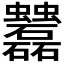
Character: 𧖌